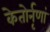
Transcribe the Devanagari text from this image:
केतोर्नृणां